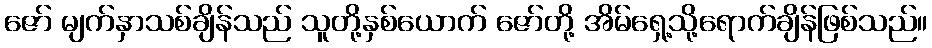
ဇော် မျက်နှာသစ်ချိန်သည် သူတို့နှစ်ယောက် ဇော်တို့ အိမ်ရှေ့သို့ရောက်ချိန်ဖြစ်သည်။